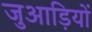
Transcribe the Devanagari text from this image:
जुआड़ियों